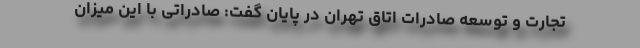
تجارت و توسعه صادرات اتاق تهران در پایان گفت: صادراتی با این میزان